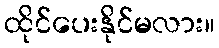
ထိုင်ပေးနိုင်မလား။